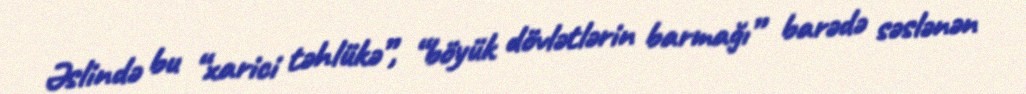
Əslində bu “xarici təhlükə”, “böyük dövlətlərin barmağı” barədə səslənən